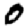
Digit: 0